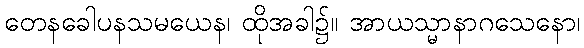
တေနခေါပနသမယေန၊ ထိုအခါ၌။ အာယသ္မာနာဂသေနော၊